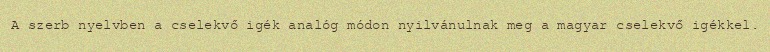
A szerb nyelvben a cselekvő igék analóg módon nyilvánulnak meg a magyar cselekvő igékkel.